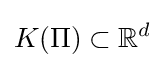
K(\Pi )\subset \mathbb {R} ^{d}